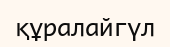
құралайгүл